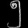
Digit: ၅